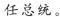
任总统。